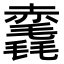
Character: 𧹺